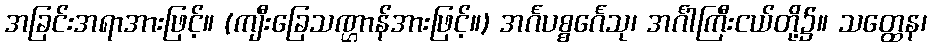
အခြင်းအရာအားဖြင့်။ (ကျီးခြေသဏ္ဌာန်အားဖြင့်။) အင်္ဂပစ္စင်္ဂေသု၊ အင်္ဂါကြီးငယ်တို့၌။ သတ္ထေန၊